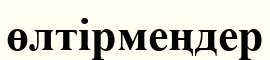
өлтірмеңдер